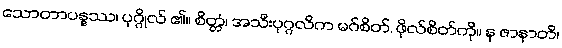
သောတာပန္နဿ၊ ပုဂ္ဂိုလ် ၏။ စိတ္တံ၊ အသီးပုဂ္ဂလိက မဂ်စိတ်, ဖိုလ်စိတ်ကို။ န ဇာနာတိ၊